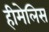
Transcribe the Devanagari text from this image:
हीमेलिस